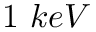
1 \ k e V